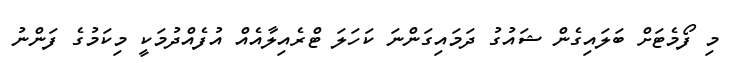
މި ފޯމެޓަށް ބަލައިގެން ޝައުގު ދަމައިގަންނަ ކަހަލަ ޓްރެއިލާއެއް އުފެއްދުމަކީ މިކަމުގެ ފަންނު